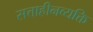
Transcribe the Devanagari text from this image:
सत्ताहीनव्यक्ति